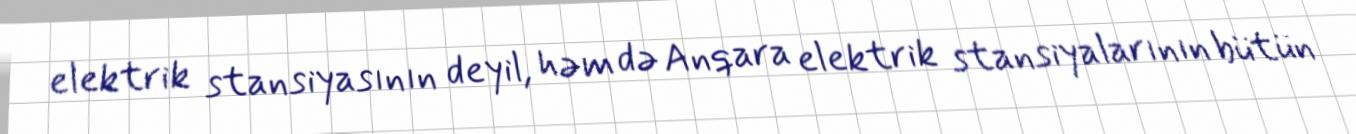
elektrik stansiyasının deyil, həm də Anqara elektrik stansiyalarının bütün